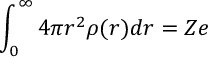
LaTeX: \int _ { 0 } ^ { \infty } 4 \pi r ^ { 2 } \rho ( r ) d r = Z e \,